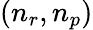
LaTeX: (n_{r},n_{p})